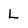
Character: L